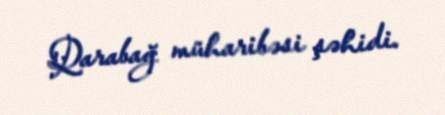
Qarabağ müharibəsi şəhidi.